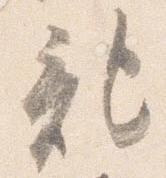
記